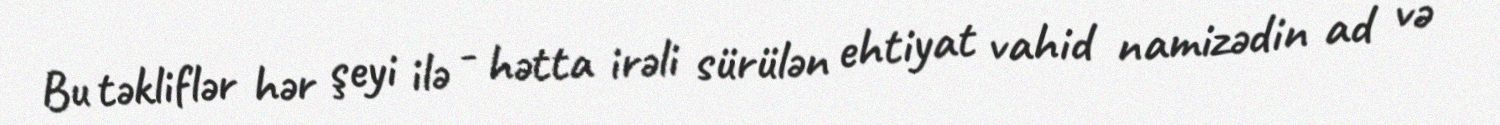
Bu təkliflər hər şeyi ilə - hətta irəli sürülən ehtiyat vahid namizədin ad və